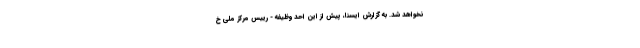
نخواهد شد. به گزارش ایسنا، پیش از این احد وظیفه - رییس مرکز ملی خ